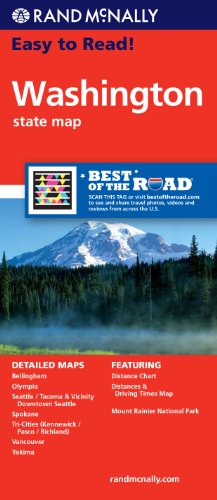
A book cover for Rand McNally Easy to Read Washington State Map; Rand McNally; Travel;